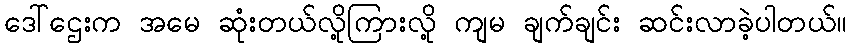
ဒေါ်ဌေးက အမေ ဆုံးတယ်လို့ကြားလို့ ကျမ ချက်ချင်း ဆင်းလာခဲ့ပါတယ်။